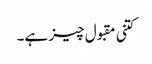
کتنی مقبول چیز ہے۔